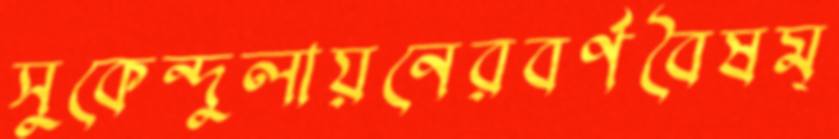
সুকেন্দুলায়নেরবর্ণবৈষম্